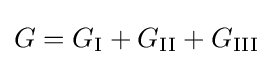
G=G_{\rm {I}}+G_{\rm {II}}+G_{\rm {III}}